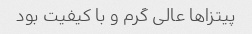
پیتزا‌ها عالی گرم و با کیفیت بود